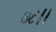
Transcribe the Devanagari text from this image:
७८।।